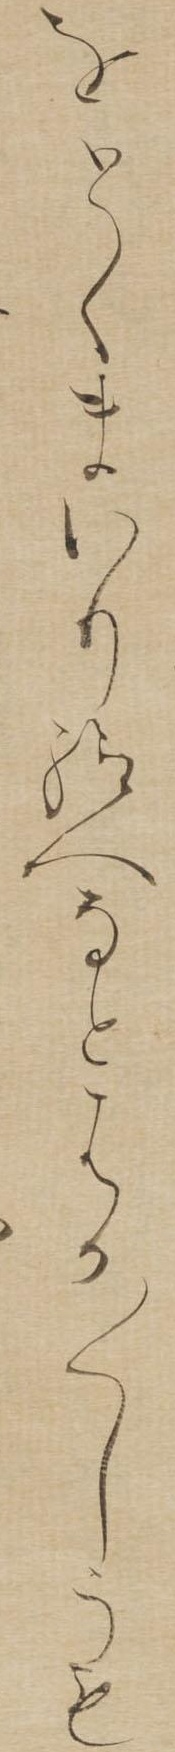
をとくまいり給へなとはか〱しうも